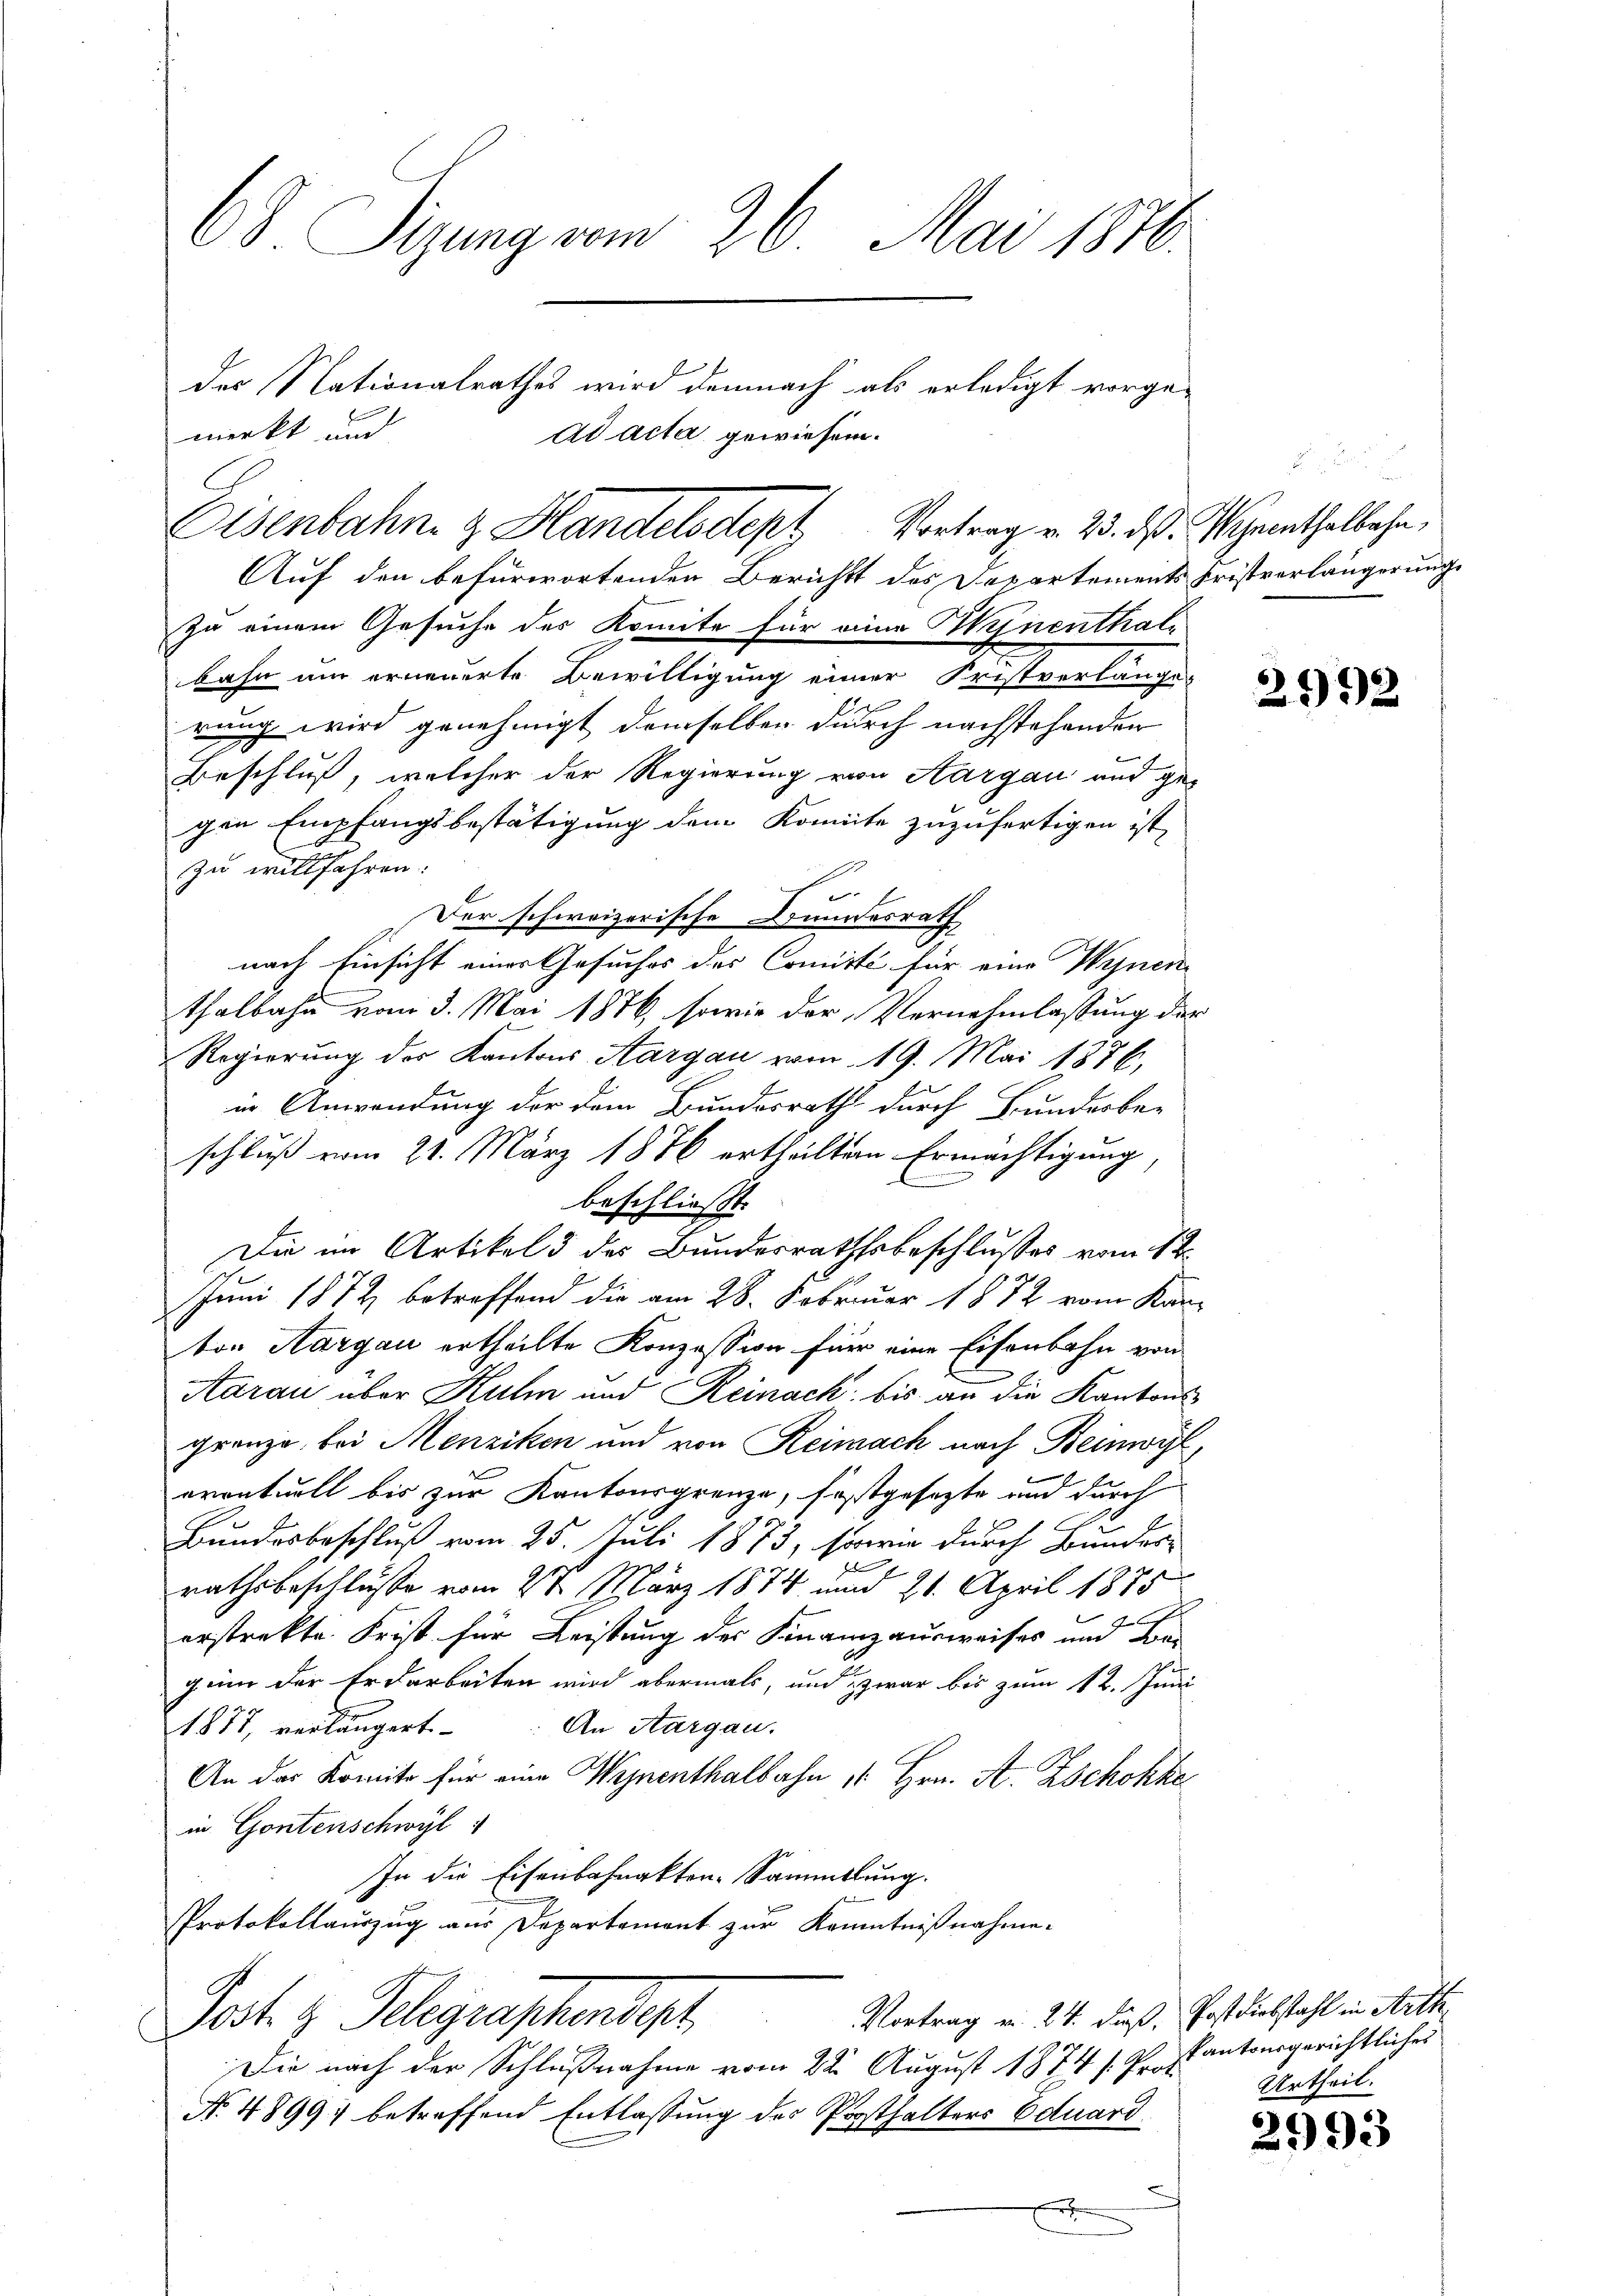
68. Sizung vom 26. Mai 1876.

Auf den befürwortenden Bericht des Departements Fristverlängerung
zu einem Gesuche des Komite für eine Wynenthalbahn am erneuerte Bewilligung einer Fristverlange-
rung wird genehmigt demselben durch nachstehenden
Beschluß, welcher der Regierung von Aargau und ge-
gen Empfangsbestätigung dem Komite zuzufertigen ist,
zu willfahren.
u
Der schweizerische Bundesrath
nach Einsicht einer Gesuches des Comisti für eine Wynen
thalbahn vom 3. Mai 1876, sowie der Vernehmlassung der
Regierung des Kantons Aargau vom 19. Mai 1876,
in Anwendung der dem Bundesrath durch Bundesber
schluß vom 21. März 1876 ertheilten Ermächtigung,
m
beschließt.
Die im Artikels des Bundesrathsbeschlußes vom 12.
Juni 1872 betreffend die am 28. Februar 1872 vom Kanton Aargau ertheilte Konzession für eine Eisenbahn von
Aarau über Kulm und Reinack, bis an die Kantonsgrenze, bei Menziken und von Reimach nach Beinwyl,
eventuell bis zur Kantonsgrenze, festgesezte und durch
Bundesbeschluß vom 25. Juli 1873, sowie durch Bundes-

rathsbeschlüsse vom 2t März 1874 am 20. April 1875
erstrekte. Frist für Leistung der Finanzausweises und Be-
gein der Erdarbeiten wird abermals, und zwar bis zum 12. Juni
An Aargau.
1877, verlängert.
An das Komite für eine Wegnenthalbahn " Hrn. A. Zschokke
in Gontenschwyl
In die Eisenbahnakten-Sammlung.
Protokollauszug aus Departement zur Kenntnißnahme.
Vortrag v. 24. dieß, Postdiebstahl in Arth
Jost & Belegraphendet
Die nach der Schlußnahme vom 22. August 1874 /: Prof.
No 4899) betreffend Entlassung der Posthalters Eduard
x

merkt und
Eisenbahn z. Handelsdept Vortrag v. 23. ds. Sehenthalbahn,

der Nationalrathes wird demnach als erledigt vorge-
ad acta gewiesen.

2992

kantonsgerichtliches
Urtheil.

2993